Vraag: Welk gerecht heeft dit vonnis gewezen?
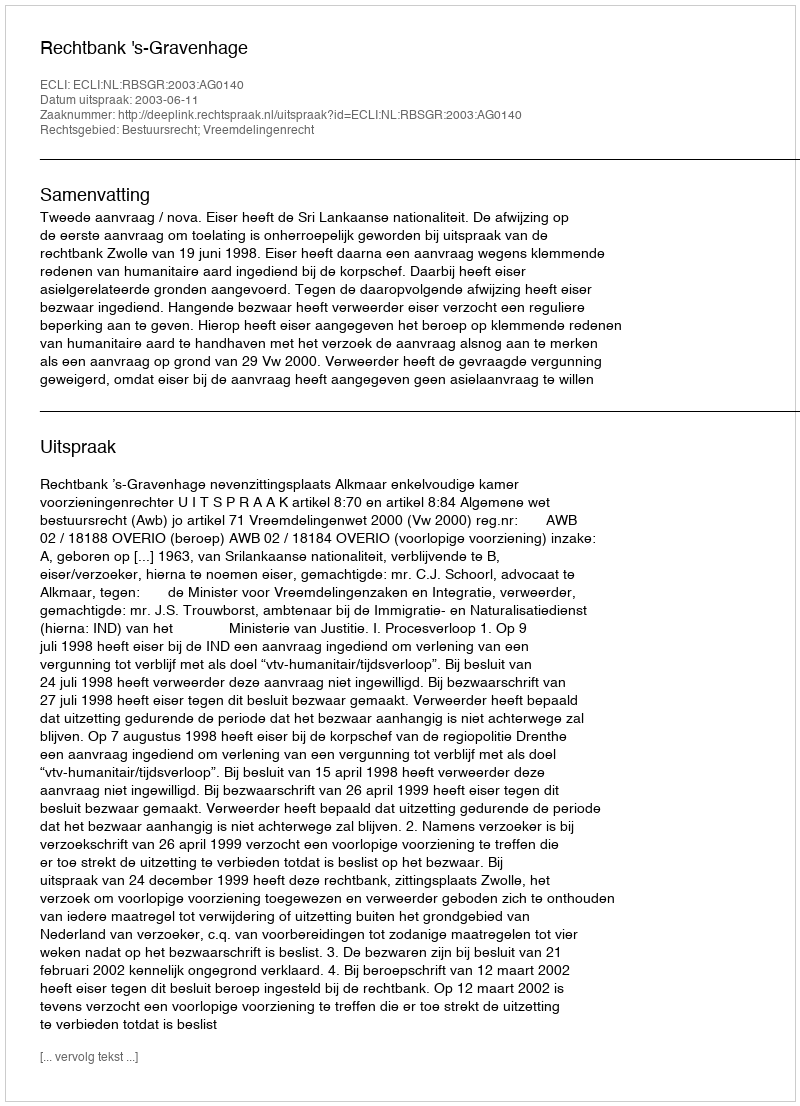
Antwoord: Rechtbank 's-Gravenhage